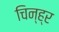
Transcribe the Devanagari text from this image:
चिन्ह्र